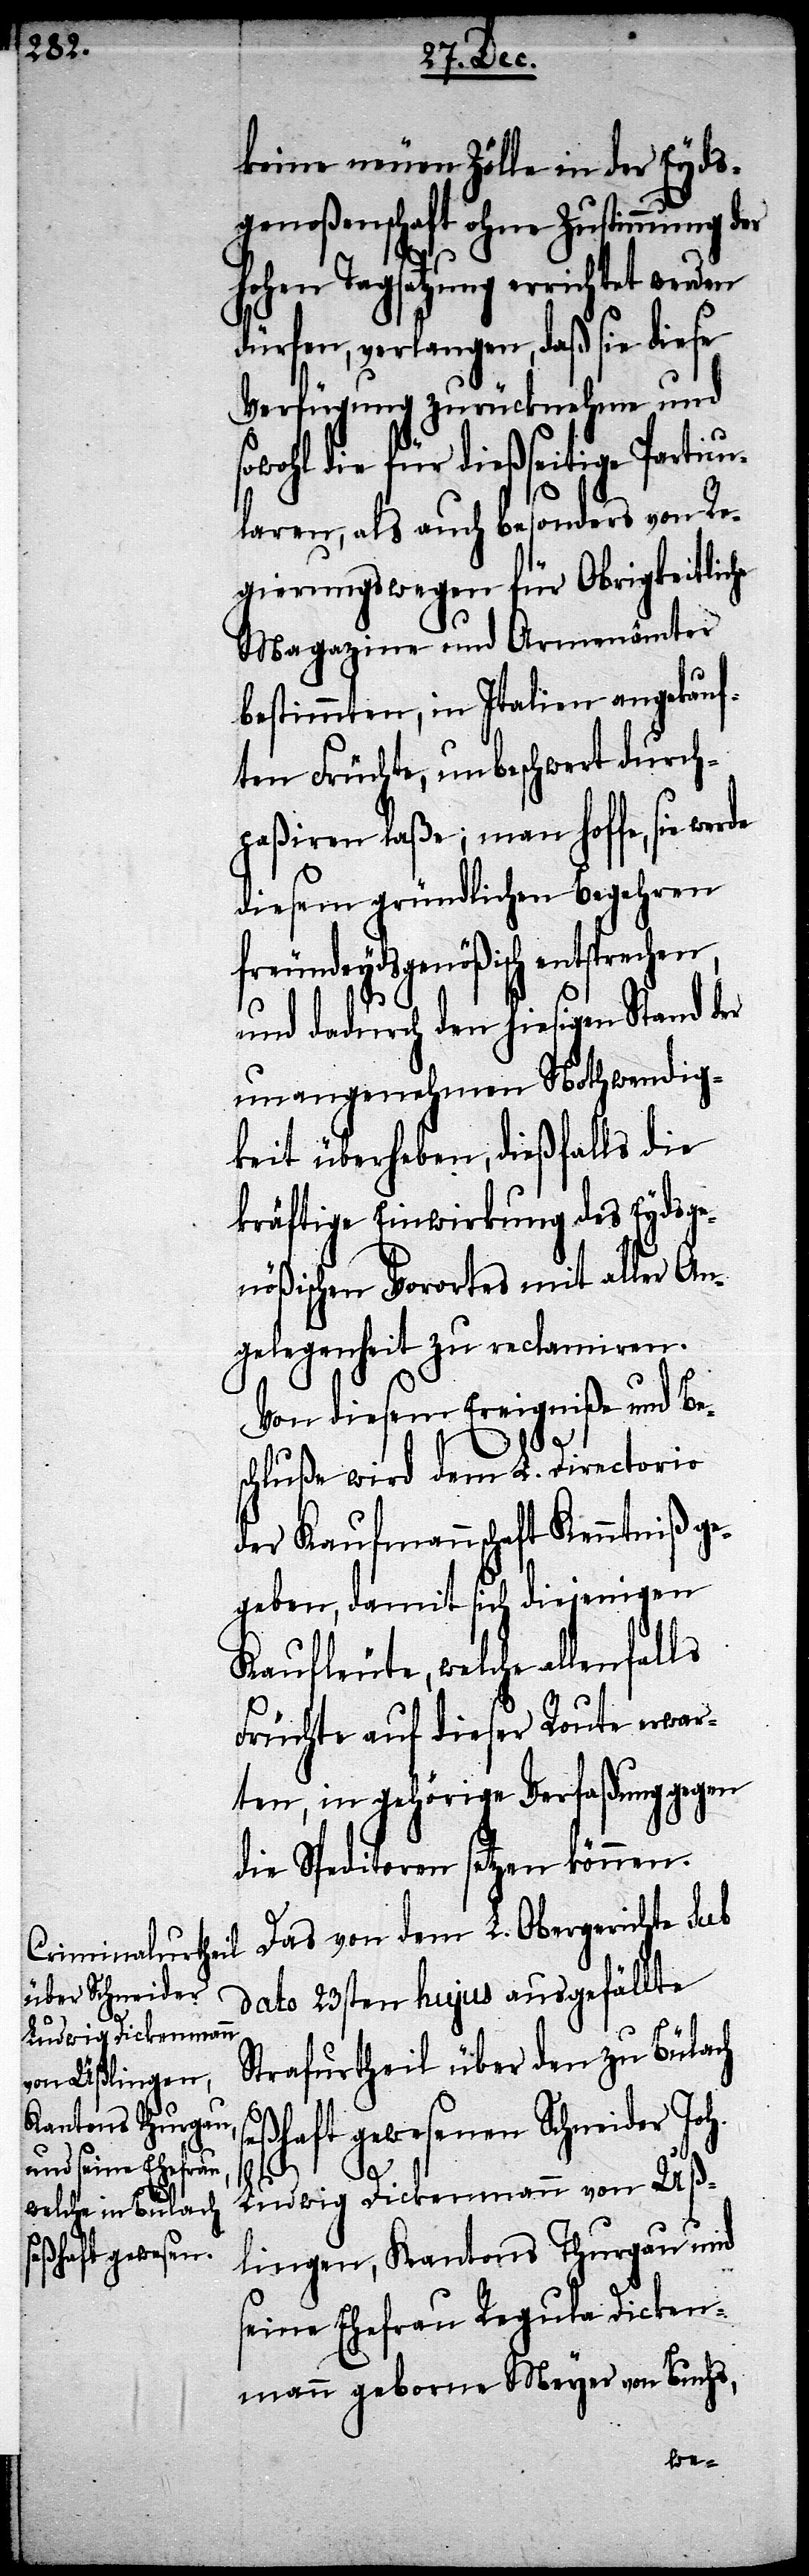
keine neuen Zölle in der Eyds¬
genoßenschaft ohne Zustimmung der
Hohen Tagsatzung errichtet werden
dürfen, verlangen, daß sie diese
Verfügung zurücknehme und
sowohl die für dießseitige Particu¬
laren, als auch besonders von Re¬
gierungswegen für Obrigkeitliche
Magazine und Armenämter
bestimmten, in Italien angekauf¬
ten Früchte, unbeschwert durch¬
paßiren laße; man hoffe, sie werde
diesem gründlichen Begehren
freundeydsgenößisch entsprec¬
und dadurch den hiesigen Stand der
unangenehmen Nothwendig¬
keit überheben, dießfalls die
kräftige Einwirkung des Eydsge¬
nößischen Vorortes mit aller An¬
gelegenheit zu reclamieren.
Von diesem Ereigniße und Be¬
schluße wird dem L. Directorio
der Kaufmannschaft Kenntniß ge¬
geben, damit sich diejenigen
Kaufleute, welche allenfalls
Früchte auf dieser Route erwar¬
ten, in gehöriger Verfaßung gegen
die Speditoren setzen können.
Das von dem L. Obergerichte sub
dato 23sten hujus ausgefällte
Strafurtheil über den zu Bülach
seßhaft gewesenen Schneider Joh.
hen,
Ludwig Dickenmann von Uß¬
lingen, Kantons Thurgau und
seine Ehefrau Regula Dicken¬
mann geborne Meyer von Buchs,